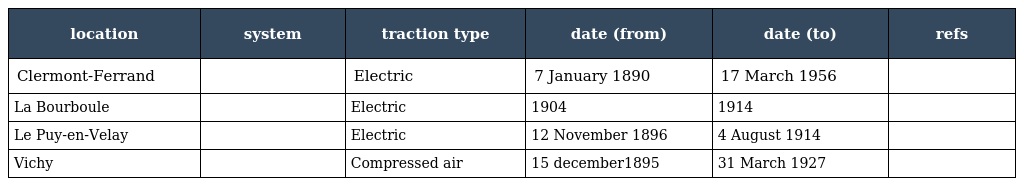
| location | system | traction type | date (from) | date (to) | refs |
 | --- | --- | --- | --- | --- | --- |
 | Clermont-Ferrand |  | Electric | 7 January 1890 | 17 March 1956 |  |
 | La Bourboule |  | Electric | 1904 | 1914 |  |
 | Le Puy-en-Velay |  | Electric | 12 November 1896 | 4 August 1914 |  |
 | Vichy |  | Compressed air | 15 december1895 | 31 March 1927 |  |